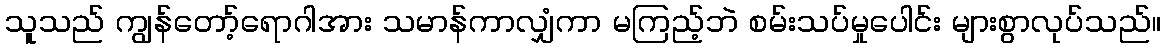
သူသည် ကျွန်တော့်ရောဂါအား သမာန်ကာလျှံကာ မကြည့်ဘဲ စမ်းသပ်မှုပေါင်း များစွာလုပ်သည်။